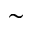
\sim